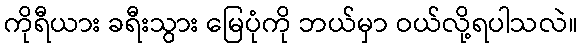
ကိုရီယား ခရီးသွား မြေပုံကို ဘယ်မှာ ဝယ်လို့ရပါသလဲ။